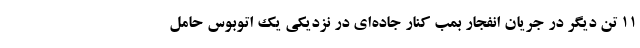
۱۱ تن دیگر در جریان انفجار بمب کنار جاده‌ای در نزدیکی یک اتوبوس حامل